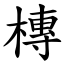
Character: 槫